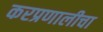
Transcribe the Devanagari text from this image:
करप्रणालीचा